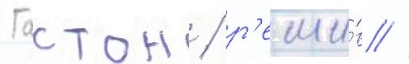
Гастон / р'еши́в /